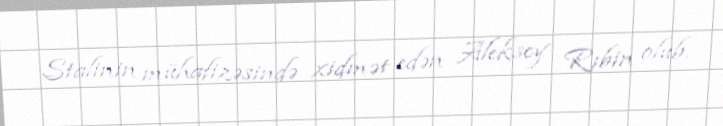
Stalinin mühafizəsində xidmət edən Aleksey Rıbin olub.